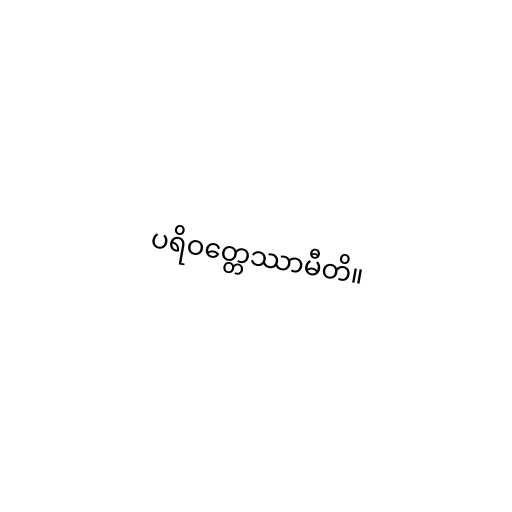
ပရိဝတ္တေဿာမီတိ။